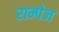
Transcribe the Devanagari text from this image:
राम्पेज